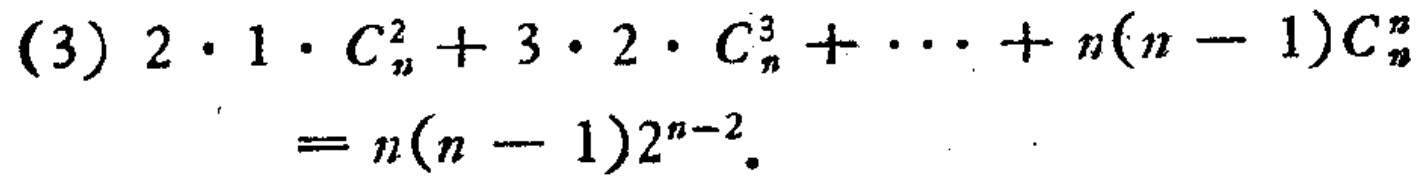
(3) \(2\cdot1\cdot C_{n}^{2}+3\cdot2\cdot C_{n}^{3}+\cdots +n(n - 1)C_{n}^{n}=n(n - 1)2^{n - 2}\)